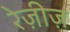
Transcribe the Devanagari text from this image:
रेज़ीज़